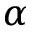
\alpha